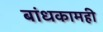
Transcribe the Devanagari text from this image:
बांधकामही